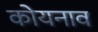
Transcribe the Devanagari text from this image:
कोयनाव